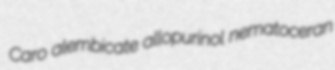
Caro alembicate allopurinol nematoceran